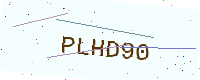
Text: PLHD90